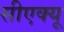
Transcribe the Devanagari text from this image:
सीएक्यू